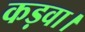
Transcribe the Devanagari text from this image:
कड़वा।